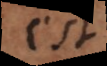
est